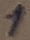
Text: 1